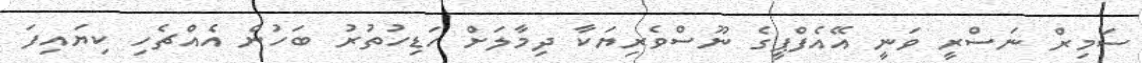
ސަމިރް ނަސްރީ ވަނީ އޭއެފްޕީގެ ނޫސްވެރިޔަކާ ދިމާލަށް ހަޑިހުތުރު ބަހުން އެއްޗެހި ކިޔައިފަ